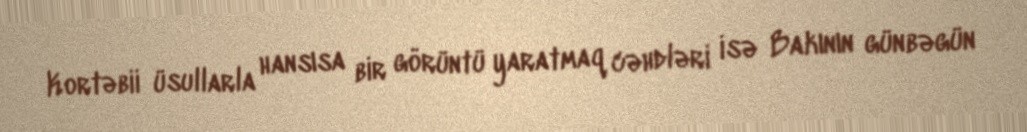
Kortəbii üsullarla hansısa bir görüntü yaratmaq cəhdləri isə Bakının günbəgün